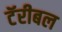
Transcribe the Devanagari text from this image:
टॅरीबल